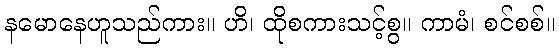
နမောနေဟူသည်ကား။ ဟိ၊ ထိုစကားသင့်စွ။ ကာမံ၊ စင်စစ်။